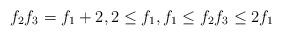
LaTeX: \begin{align*}f_2f_3=f_1+2,2\leq f_1, f_1\leq f_2f_3\le 2f_1\end{align*}